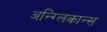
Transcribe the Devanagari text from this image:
अन्ग्लिकान्स